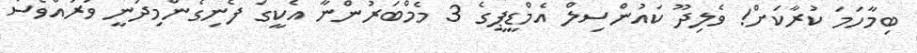
ބިމާހަމަ ކުރާކަށް! ވެލިދޫ ކައުންސިލް އެމްޑީޕީގެ 3 މެމްބަރުންނާ އެކީގަ ފެނިގެންމިދަނީ ވަރައްވެސް